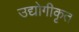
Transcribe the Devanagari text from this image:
उद्योगीकृत